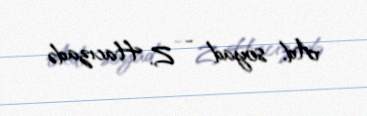
Ad, soyad - Z. Hacızadə